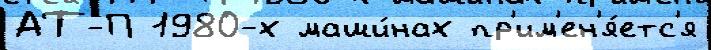
АТ-П 1980-х маши́нах пр'им'ен'я́етс'я